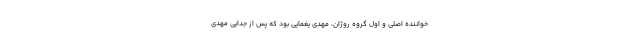
خواننده اصلی و اول گروه روژان، مهدی یغمایی بود که پس از جدایی مهدی